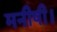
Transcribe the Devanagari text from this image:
मनीषी।